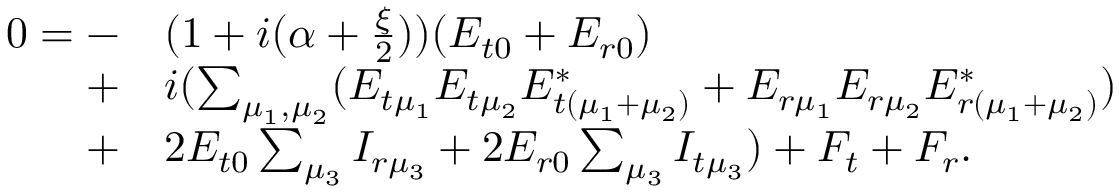
\begin{array} { r l } { 0 = - } & { ( 1 + i ( \alpha + \frac { \xi } { 2 } ) ) ( E _ { t 0 } + E _ { r 0 } ) } \\ { + } & { i ( \sum _ { \mu _ { 1 } , \mu _ { 2 } } ( E _ { t \mu _ { 1 } } E _ { t \mu _ { 2 } } E _ { t ( \mu _ { 1 } + \mu _ { 2 } ) } ^ { * } + E _ { r \mu _ { 1 } } E _ { r \mu _ { 2 } } E _ { r ( \mu _ { 1 } + \mu _ { 2 } ) } ^ { * } ) } \\ { + } & { 2 E _ { t 0 } \sum _ { \mu _ { 3 } } I _ { r \mu _ { 3 } } + 2 E _ { r 0 } \sum _ { \mu _ { 3 } } I _ { t \mu _ { 3 } } ) + F _ { t } + F _ { r } . } \end{array}